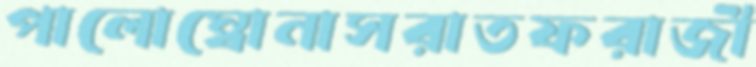
পালোম্বোনাসরাতফরাজী